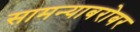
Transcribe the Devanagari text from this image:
सामन्याबरोबर